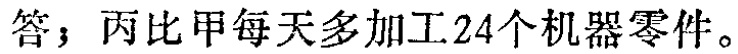
答；丙比甲每天多加工24个机器零件。